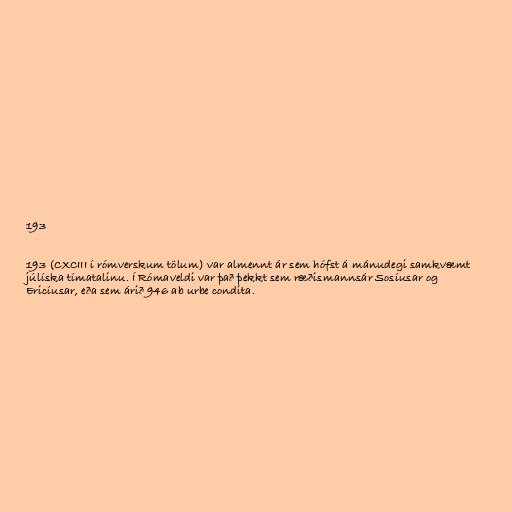
193

193 (CXCIII í rómverskum tölum) var almennt ár sem hófst á mánudegi samkvæmt
júlíska tímatalinu. Í Rómaveldi var það þekkt sem ræðismannsár Sosíusar og
Ericíusar, eða sem árið 946 ab urbe condita.